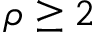
\rho \ge 2